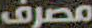
مصرف